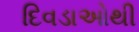
દિવડાઓથી